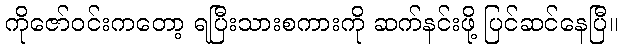
ကိုဇော်ဝင်းကတော့ ရပြီးသားစကားကို ဆက်နင်းဖို့ ပြင်ဆင်နေပြီ။